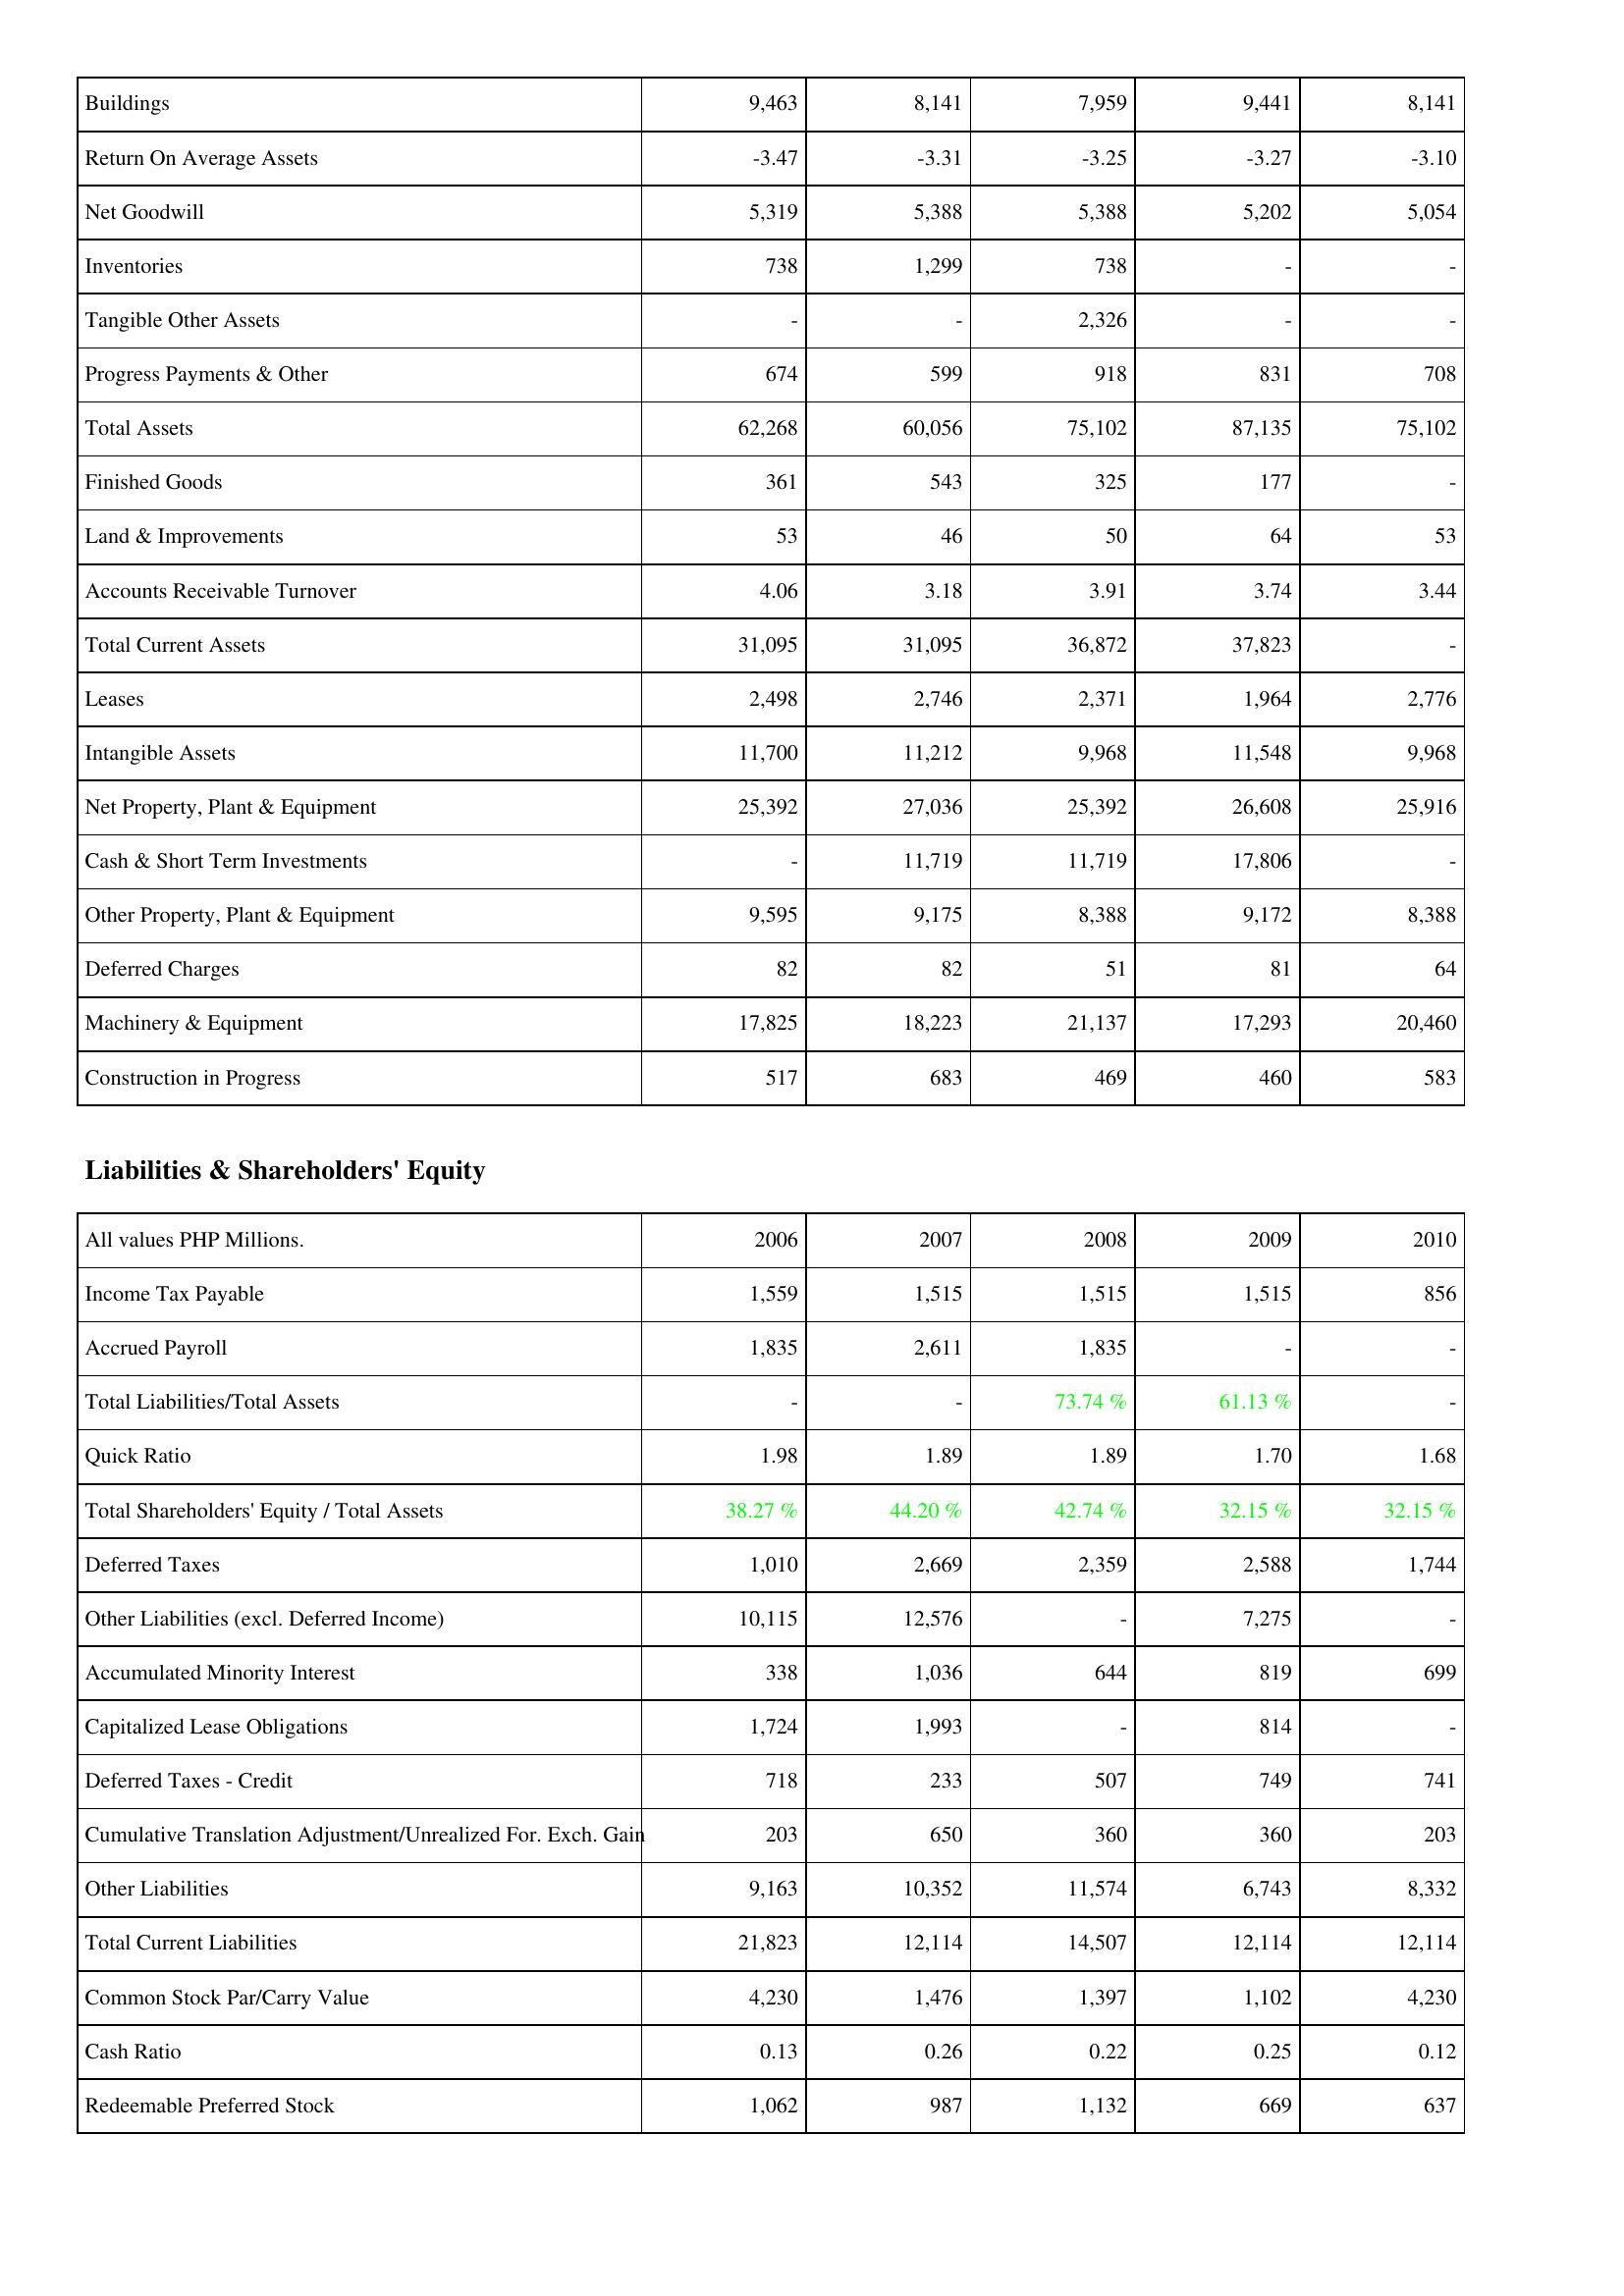
2006: Assets: Buildings: 9,463
Return On Average Assets: -3.47
Net Goodwill: 5,319
Inventories: 738
Tangible Other Assets: -
Progress Payments & Other: 674
Total Assets: 62,268
Finished Goods: 361
Land & Improvements: 53
Accounts Receivable Turnover: 4.06
Total Current Assets: 31,095
Leases: 2,498
Intangible Assets: 11,700
Net Property, Plant & Equipment: 25,392
Cash & Short Term Investments: -
Other Property, Plant & Equipment: 9,595
Deferred Charges: 82
Machinery & Equipment: 17,825
Construction in Progress: 517
Liabilities & Shareholders' Equity: Income Tax Payable: 1,559
Accrued Payroll: 1,835
Total Liabilities/Total Assets: -
Quick Ratio: 1.98
Total Shareholders' Equity / Total Assets: 38.27 %
Deferred Taxes: 1,010
Other Liabilities (excl. Deferred Income): 10,115
Accumulated Minority Interest: 338
Capitalized Lease Obligations: 1,724
Deferred Taxes - Credit: 718
Cumulative Translation Adjustment/Unrealized For. Exch. Gain: 203
Other Liabilities: 9,163
Total Current Liabilities: 21,823
Common Stock Par/Carry Value: 4,230
Cash Ratio: 0.13
Redeemable Preferred Stock: 1,062
2007: Assets: Buildings: 8,141
Return On Average Assets: -3.31
Net Goodwill: 5,388
Inventories: 1,299
Tangible Other Assets: -
Progress Payments & Other: 599
Total Assets: 60,056
Finished Goods: 543
Land & Improvements: 46
Accounts Receivable Turnover: 3.18
Total Current Assets: 31,095
Leases: 2,746
Intangible Assets: 11,212
Net Property, Plant & Equipment: 27,036
Cash & Short Term Investments: 11,719
Other Property, Plant & Equipment: 9,175
Deferred Charges: 82
Machinery & Equipment: 18,223
Construction in Progress: 683
Liabilities & Shareholders' Equity: Income Tax Payable: 1,515
Accrued Payroll: 2,611
Total Liabilities/Total Assets: -
Quick Ratio: 1.89
Total Shareholders' Equity / Total Assets: 44.20 %
Deferred Taxes: 2,669
Other Liabilities (excl. Deferred Income): 12,576
Accumulated Minority Interest: 1,036
Capitalized Lease Obligations: 1,993
Deferred Taxes - Credit: 233
Cumulative Translation Adjustment/Unrealized For. Exch. Gain: 650
Other Liabilities: 10,352
Total Current Liabilities: 12,114
Common Stock Par/Carry Value: 1,476
Cash Ratio: 0.26
Redeemable Preferred Stock: 987
2008: Assets: Buildings: 7,959
Return On Average Assets: -3.25
Net Goodwill: 5,388
Inventories: 738
Tangible Other Assets: 2,326
Progress Payments & Other: 918
Total Assets: 75,102
Finished Goods: 325
Land & Improvements: 50
Accounts Receivable Turnover: 3.91
Total Current Assets: 36,872
Leases: 2,371
Intangible Assets: 9,968
Net Property, Plant & Equipment: 25,392
Cash & Short Term Investments: 11,719
Other Property, Plant & Equipment: 8,388
Deferred Charges: 51
Machinery & Equipment: 21,137
Construction in Progress: 469
Liabilities & Shareholders' Equity: Income Tax Payable: 1,515
Accrued Payroll: 1,835
Total Liabilities/Total Assets: 73.74 %
Quick Ratio: 1.89
Total Shareholders' Equity / Total Assets: 42.74 %
Deferred Taxes: 2,359
Other Liabilities (excl. Deferred Income): -
Accumulated Minority Interest: 644
Capitalized Lease Obligations: -
Deferred Taxes - Credit: 507
Cumulative Translation Adjustment/Unrealized For. Exch. Gain: 360
Other Liabilities: 11,574
Total Current Liabilities: 14,507
Common Stock Par/Carry Value: 1,397
Cash Ratio: 0.22
Redeemable Preferred Stock: 1,132
2009: Assets: Buildings: 9,441
Return On Average Assets: -3.27
Net Goodwill: 5,202
Inventories: -
Tangible Other Assets: -
Progress Payments & Other: 831
Total Assets: 87,135
Finished Goods: 177
Land & Improvements: 64
Accounts Receivable Turnover: 3.74
Total Current Assets: 37,823
Leases: 1,964
Intangible Assets: 11,548
Net Property, Plant & Equipment: 26,608
Cash & Short Term Investments: 17,806
Other Property, Plant & Equipment: 9,172
Deferred Charges: 81
Machinery & Equipment: 17,293
Construction in Progress: 460
Liabilities & Shareholders' Equity: Income Tax Payable: 1,515
Accrued Payroll: -
Total Liabilities/Total Assets: 61.13 %
Quick Ratio: 1.70
Total Shareholders' Equity / Total Assets: 32.15 %
Deferred Taxes: 2,588
Other Liabilities (excl. Deferred Income): 7,275
Accumulated Minority Interest: 819
Capitalized Lease Obligations: 814
Deferred Taxes - Credit: 749
Cumulative Translation Adjustment/Unrealized For. Exch. Gain: 360
Other Liabilities: 6,743
Total Current Liabilities: 12,114
Common Stock Par/Carry Value: 1,102
Cash Ratio: 0.25
Redeemable Preferred Stock: 669
2010: Assets: Buildings: 8,141
Return On Average Assets: -3.10
Net Goodwill: 5,054
Inventories: -
Tangible Other Assets: -
Progress Payments & Other: 708
Total Assets: 75,102
Finished Goods: -
Land & Improvements: 53
Accounts Receivable Turnover: 3.44
Total Current Assets: -
Leases: 2,776
Intangible Assets: 9,968
Net Property, Plant & Equipment: 25,916
Cash & Short Term Investments: -
Other Property, Plant & Equipment: 8,388
Deferred Charges: 64
Machinery & Equipment: 20,460
Construction in Progress: 583
Liabilities & Shareholders' Equity: Income Tax Payable: 856
Accrued Payroll: -
Total Liabilities/Total Assets: -
Quick Ratio: 1.68
Total Shareholders' Equity / Total Assets: 32.15 %
Deferred Taxes: 1,744
Other Liabilities (excl. Deferred Income): -
Accumulated Minority Interest: 699
Capitalized Lease Obligations: -
Deferred Taxes - Credit: 741
Cumulative Translation Adjustment/Unrealized For. Exch. Gain: 203
Other Liabilities: 8,332
Total Current Liabilities: 12,114
Common Stock Par/Carry Value: 4,230
Cash Ratio: 0.12
Redeemable Preferred Stock: 637